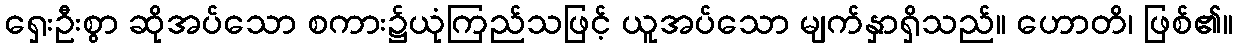
ရှေးဦးစွာ ဆိုအပ်သော စကား၌ယုံကြည်သဖြင့် ယူအပ်သော မျက်နှာရှိသည်။ ဟောတိ၊ ဖြစ်၏။